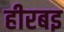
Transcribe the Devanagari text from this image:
हीरबइ